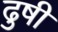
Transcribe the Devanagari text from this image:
ढुषी